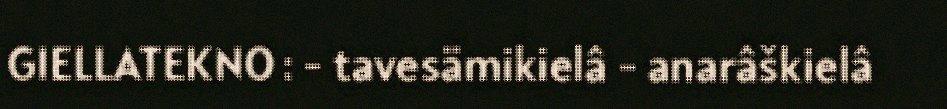
GIELLATEKNO : - tavesämikielâ - anarâškielâ